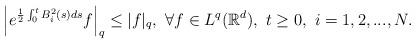
LaTeX: \begin{align*}\left|e^{\frac{1}{2}\int_0^tB_i^2(s)ds}f\right|_q\leq |f|_q,\ \forall f\in L^q(\mathbb{R}^d),\ t\geq0,\ i=1,2,...,N.\end{align*}